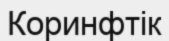
Коринфтік